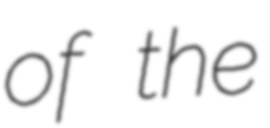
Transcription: of the